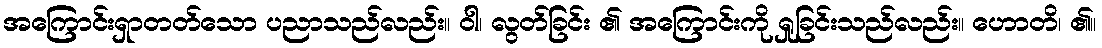
အကြောင်းရှာတတ်သော ပညာသည်လည်း။ ဝါ၊ လွတ်ခြင်း ၏ အကြောင်းကို ရှုခြင်းသည်လည်း။ ဟောတိ၊ ၏။